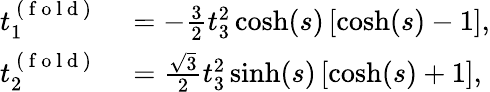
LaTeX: \begin{array}{rl}{t_{1}^{\mathrm{~(~f~o~l~d~)~}}}&{{}=-\frac{3}{2}t_{3}^{2}\cosh(s)\left[\cosh(s)-1\right],}\\ {t_{2}^{\mathrm{~(~f~o~l~d~)~}}}&{{}=\frac{\sqrt{3}}{2}t_{3}^{2}\sinh(s)\left[\cosh(s)+1\right],}\end{array}